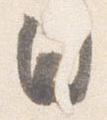
日